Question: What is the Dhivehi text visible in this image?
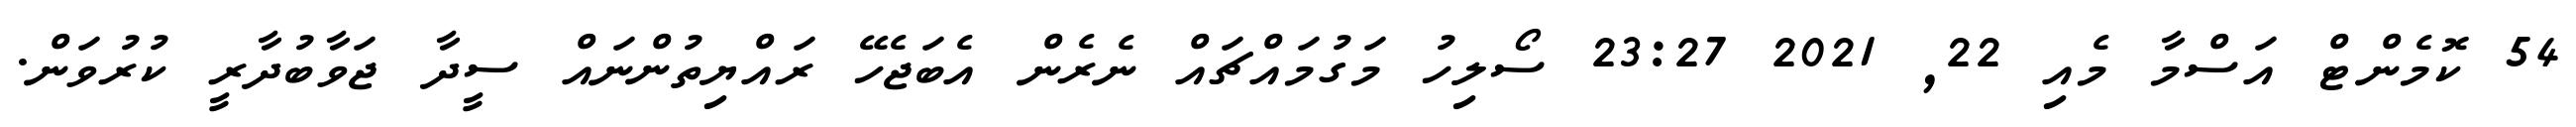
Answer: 54 ކޮމެންޓް އަސްމާ މެއި 22, 2021 23:27 ސޯލިހު މަގުމައްޗައް ނެރެން އެބަޖެހޭ ރައްޔިތުންނައް ސީދާ ޖަވާބުދާރީ ކުރުވަން.